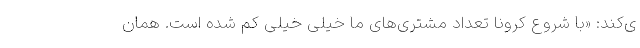
ی‌کند: «با شروع کرونا تعداد مشتری‌های ما خیلی خیلی کم شده است. همان